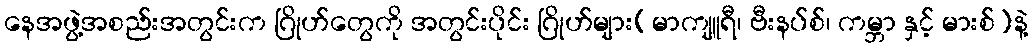
နေအဖွဲ့အစည်းအတွင်းက ဂြိုဟ်တွေကို အတွင်းပိုင်း ဂြိုဟ်များ(မာကျူရီ၊ ဗီးနပ်စ်၊ ကမ္ဘာ နှင့် မားစ်)နဲ့